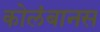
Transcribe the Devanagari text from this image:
कोलंबानस